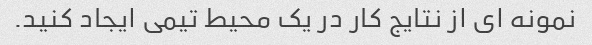
نمونه ای از نتایج کار در یک محیط تیمی ایجاد کنید.